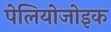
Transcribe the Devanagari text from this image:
पेलियोजोइक